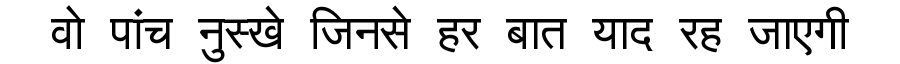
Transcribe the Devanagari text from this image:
वो पांच नुस्खे जिनसे हर बात याद रह जाएगी